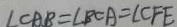
\angle C A B = \angle B C A = \angle C F E